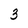
Character: 3